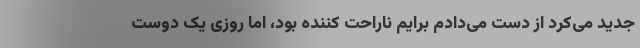
جدید می‌کرد از دست می‌دادم برایم ناراحت کننده بود، اما روزی یک دوست